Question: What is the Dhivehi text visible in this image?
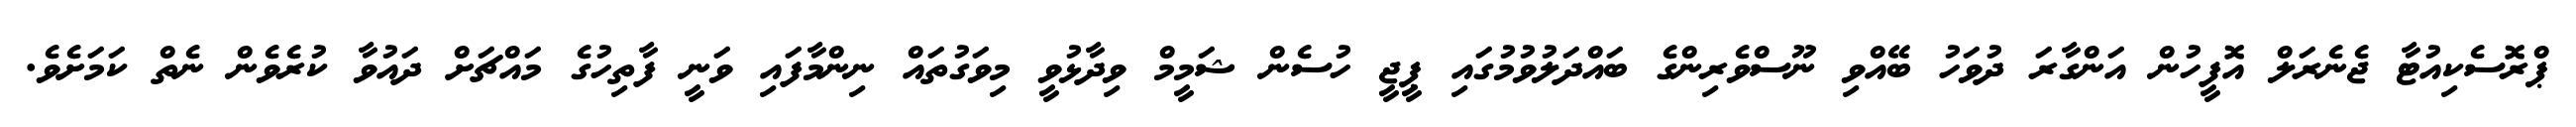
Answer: ޕްރޮސެކިއުޓާ ޖެނެރަލް އޮފީހުން އަންގާރަ ދުވަހު ބޭއްވި ނޫސްވެރިންގެ ބައްދަލުވުމުގައި ޕީޖީ ހުސެން ޝަމީމް ވިދާޅުވީ މިވަގުތައް ނިންމާފައި ވަނީ ފާތިހުގެ މައްޗަށް ދައުވާ ކުރެވެން ނެތް ކަމަށެވެ.